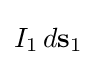
I_{1}\,d\mathbf {s} _{1}